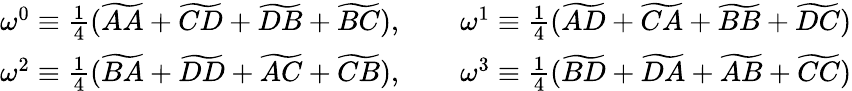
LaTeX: \begin{array}{cc}{\omega^{0}\equiv\frac{1}{4}(\widetilde{AA}+\widetilde{CD}+\widetilde{DB}+\widetilde{BC}),\qquad\omega^{1}\equiv\frac{1}{4}(\widetilde{AD}+\widetilde{CA}+\widetilde{BB}+\widetilde{DC})}\\ {\omega^{2}\equiv\frac{1}{4}(\widetilde{BA}+\widetilde{DD}+\widetilde{AC}+\widetilde{CB}),\qquad\omega^{3}\equiv\frac{1}{4}(\widetilde{BD}+\widetilde{DA}+\widetilde{AB}+\widetilde{CC})}\end{array}